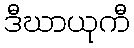
ဒီဃာယုကီ